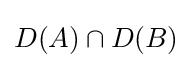
D(A)\cap D(B)